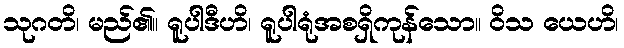
သုဂတိ၊ မည်၏။ ရူပါဒီဟိ၊ ရူပါရုံအစရှိကုန်သော။ ဝိသ ယေဟိ၊